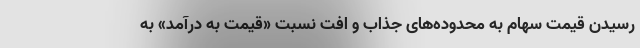
رسیدن قیمت‌ سهام به محدوده‌های جذاب و افت نسبت «قیمت به درآمد» به